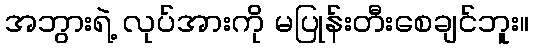
အဘွားရဲ့ လုပ်အားကို မပြုန်းတီးစေချင်ဘူး။